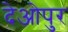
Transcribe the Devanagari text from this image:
देओपुर